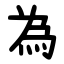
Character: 為